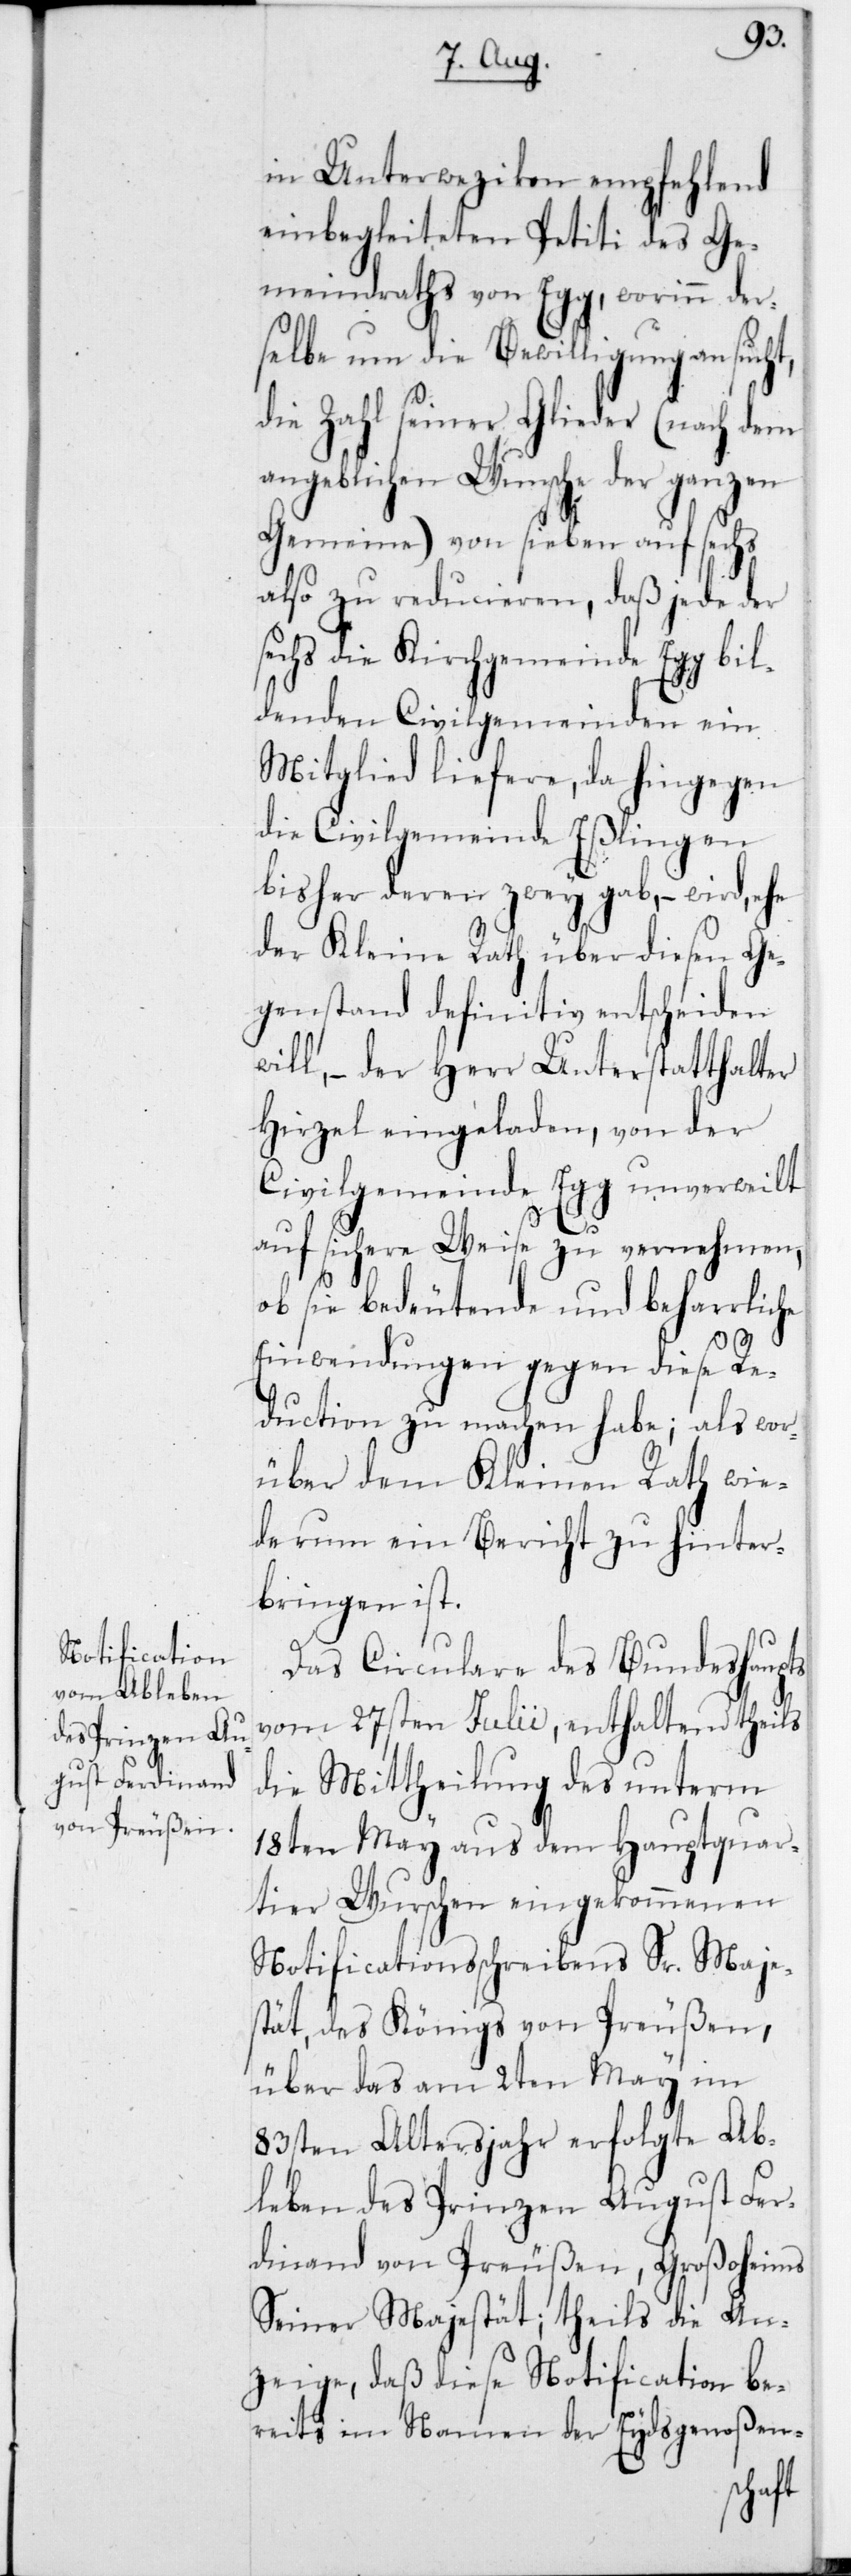
in Unterwetzikon empfehlend
einbegleiteten Petiti des Ge¬
meindraths von Egg, worin der¬
selbe um die Bewilligung ansucht,
die Zahl seiner Glieder (nach dem
angeblichen Wunsche der ganzen
Gemeinde) von sieben auf sechs
also zu reducieren, daß jede der
echs die Kirchgemeinde Egg bil¬
denden Civilgemeinden ein
Mitglied liefere, da hingegen
die Civilgemeinde Eßlingen
bisher deren zwey gab, – wird, ehe
der Kleine Rath über diesen Ge¬
genstand definitiv entscheiden
will, – der Herr Unterstatthalter
Hirzel eingeladen, von der
Civilgemeinde Egg unverweilt
s¬
auf sichere Weise zu vernehmen,
ob sie bedeutende und beharrliche
Einwendungen gegen diese Re¬
duction zu machen habe; als wor¬
über dem Kleinen Rath wie¬
derum ein Bericht zu hinter¬
bringen ist.
Das Circulare des Bundeshaupts
vom 27sten Julii, enthaltend theils
die Mittheilung des unterm
18ten May aus dem Hauptquar¬
tier Wurschen eingekommenen
Notificationsschreibens Sr. Maje¬
stät des Königs von Preußen,
über das am 2ten May im
83sten Altersjahr erfolgte Ab¬
leben des Prinzen August Fer¬
dinand von Preußen, Großoheims
Seiner Majestät; theils die An¬
zeige, daß diese Notification be¬
reits im Namen der Eydsgenoßen-